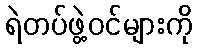
ရဲတပ်ဖွဲ့ဝင်များကို